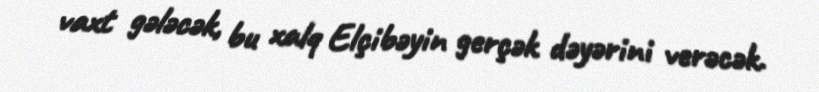
vaxt gələcək, bu xalq Elçibəyin gerçək dəyərini verəcək.